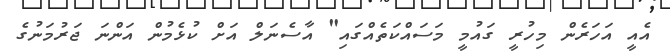
އެއީ އަހަރެން މިހުރީ ގައުމީ މަސައްކަތެއްގައި" އާސެނަލް އަށް ކުޅެމުން އަންނަ ޖަރުމަނުގެ